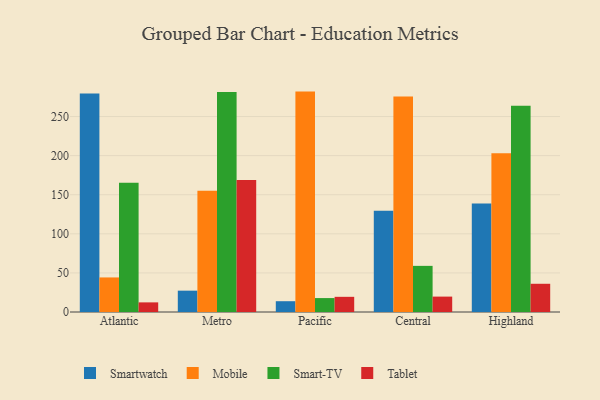
{"axis": {"x": "Region", "y": "Budget (USD K)"}, "legend": ["Mobile", "Smart-TV", "Smartwatch", "Tablet"], "data": [{"x": "Atlantic", "y": 279.4, "type": "Smartwatch"}, {"x": "Atlantic", "y": 44.2, "type": "Mobile"}, {"x": "Atlantic", "y": 165.4, "type": "Smart-TV"}, {"x": "Atlantic", "y": 12.3, "type": "Tablet"}, {"x": "Metro", "y": 27.3, "type": "Smartwatch"}, {"x": "Metro", "y": 155.1, "type": "Mobile"}, {"x": "Metro", "y": 281.5, "type": "Smart-TV"}, {"x": "Metro", "y": 168.9, "type": "Tablet"}, {"x": "Pacific", "y": 13.8, "type": "Smartwatch"}, {"x": "Pacific", "y": 281.9, "type": "Mobile"}, {"x": "Pacific", "y": 17.8, "type": "Smart-TV"}, {"x": "Pacific", "y": 19.4, "type": "Tablet"}, {"x": "Central", "y": 129.6, "type": "Smartwatch"}, {"x": "Central", "y": 275.5, "type": "Mobile"}, {"x": "Central", "y": 59.0, "type": "Smart-TV"}, {"x": "Central", "y": 19.7, "type": "Tablet"}, {"x": "Highland", "y": 138.8, "type": "Smartwatch"}, {"x": "Highland", "y": 203.2, "type": "Mobile"}, {"x": "Highland", "y": 263.7, "type": "Smart-TV"}, {"x": "Highland", "y": 36.1, "type": "Tablet"}]}